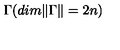
{ \Gamma } ( d i m \Vert \Gamma \Vert = 2 n )